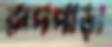
রূপপাড়া